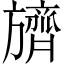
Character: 𬀛